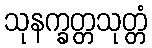
သုနက္ခတ္တသုတ္တံ